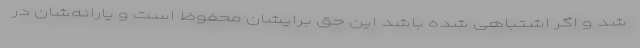
شد و اگر اشتباهی شده باشد این حق برایشان محفوظ است و یارانه‌شان در